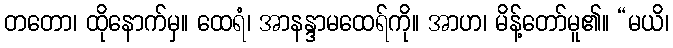
တတော၊ ထိုနောက်မှ။ ထေရံ၊ အာနန္ဒာမထေရ်ကို။ အာဟ၊ မိန့်တော်မူ၏။ “မယိ၊